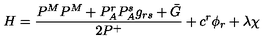
H = \frac { P ^ { M } P ^ { M } + P _ { A } ^ { r } P _ { A } ^ { s } g _ { r s } + \bar { G } } { 2 P ^ { + } } + c ^ { r } \phi _ { r } + \lambda \chi